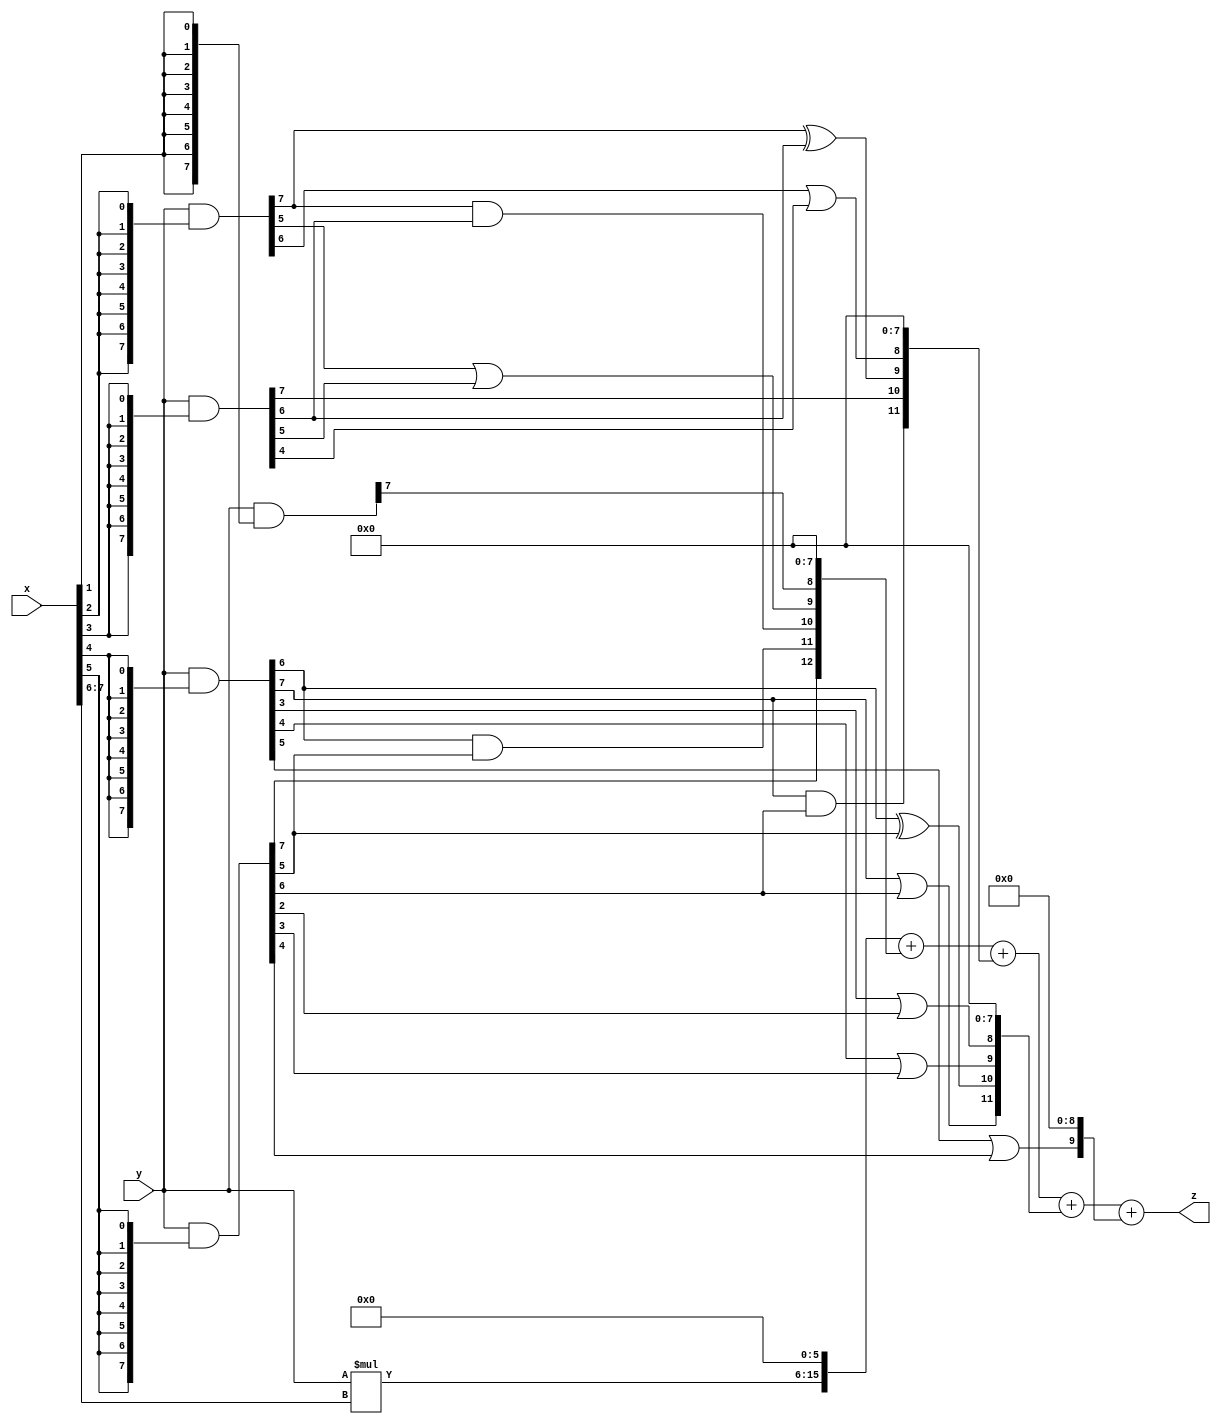
// terms: 14
// fval:  347278.25

module unsigned_exchange_8x8_l6_lamb20000_1 (
	input [7:0] x,
	input [7:0] y,
	output [15:0] z
);

wire [7:0] part1 =  y & {8{x[0]}};
wire [7:0] part2 =  y & {8{x[1]}};
wire [7:0] part3 =  y & {8{x[2]}};
wire [7:0] part4 =  y & {8{x[3]}};
wire [7:0] part5 =  y & {8{x[4]}};
wire [7:0] part6 =  y & {8{x[5]}};
wire [7:0] part7 =  y & {8{x[6]}};
wire [7:0] part8 =  y & {8{x[7]}};

wire [12:0] new_part1;
assign new_part1[0] = 0;
assign new_part1[1] = 0;
assign new_part1[2] = 0;
assign new_part1[3] = 0;
assign new_part1[4] = 0;
assign new_part1[5] = 0;
assign new_part1[6] = 0;
assign new_part1[7] = 0;
assign new_part1[8] = part2[7];
assign new_part1[9] = part3[5] | part4[5];
assign new_part1[10] = part3[7] & part4[6];
assign new_part1[11] = part5[6] & part6[5];
assign new_part1[12] = part6[7];

wire [11:0] new_part2;
assign new_part2[0] = 0;
assign new_part2[1] = 0;
assign new_part2[2] = 0;
assign new_part2[3] = 0;
assign new_part2[4] = 0;
assign new_part2[5] = 0;
assign new_part2[6] = 0;
assign new_part2[7] = 0;
assign new_part2[8] = part3[6] | part4[4];
assign new_part2[9] = part3[7] ^ part4[6];
assign new_part2[10] = part4[7];
assign new_part2[11] = part5[7] & part6[6];

wire [11:0] new_part3;
assign new_part3[0] = 0;
assign new_part3[1] = 0;
assign new_part3[2] = 0;
assign new_part3[3] = 0;
assign new_part3[4] = 0;
assign new_part3[5] = 0;
assign new_part3[6] = 0;
assign new_part3[7] = 0;
assign new_part3[8] = part5[3] | part6[2];
assign new_part3[9] = part5[4] | part6[3];
assign new_part3[10] = part5[6] ^ part6[5];
assign new_part3[11] = part5[7] | part6[6];

wire [9:0] new_part4;
assign new_part4[0] = 0;
assign new_part4[1] = 0;
assign new_part4[2] = 0;
assign new_part4[3] = 0;
assign new_part4[4] = 0;
assign new_part4[5] = 0;
assign new_part4[6] = 0;
assign new_part4[7] = 0;
assign new_part4[8] = 0;
assign new_part4[9] = part5[5] | part6[4];

wire [9:0] tmp_z = y*x[7:6];

assign z = {tmp_z, 6'd 0} + new_part1 + new_part2 + new_part3 + new_part4;

endmodule